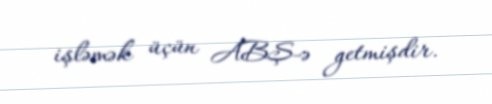
işləmək üçün ABŞ-ə getmişdir.